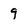
Character: 9